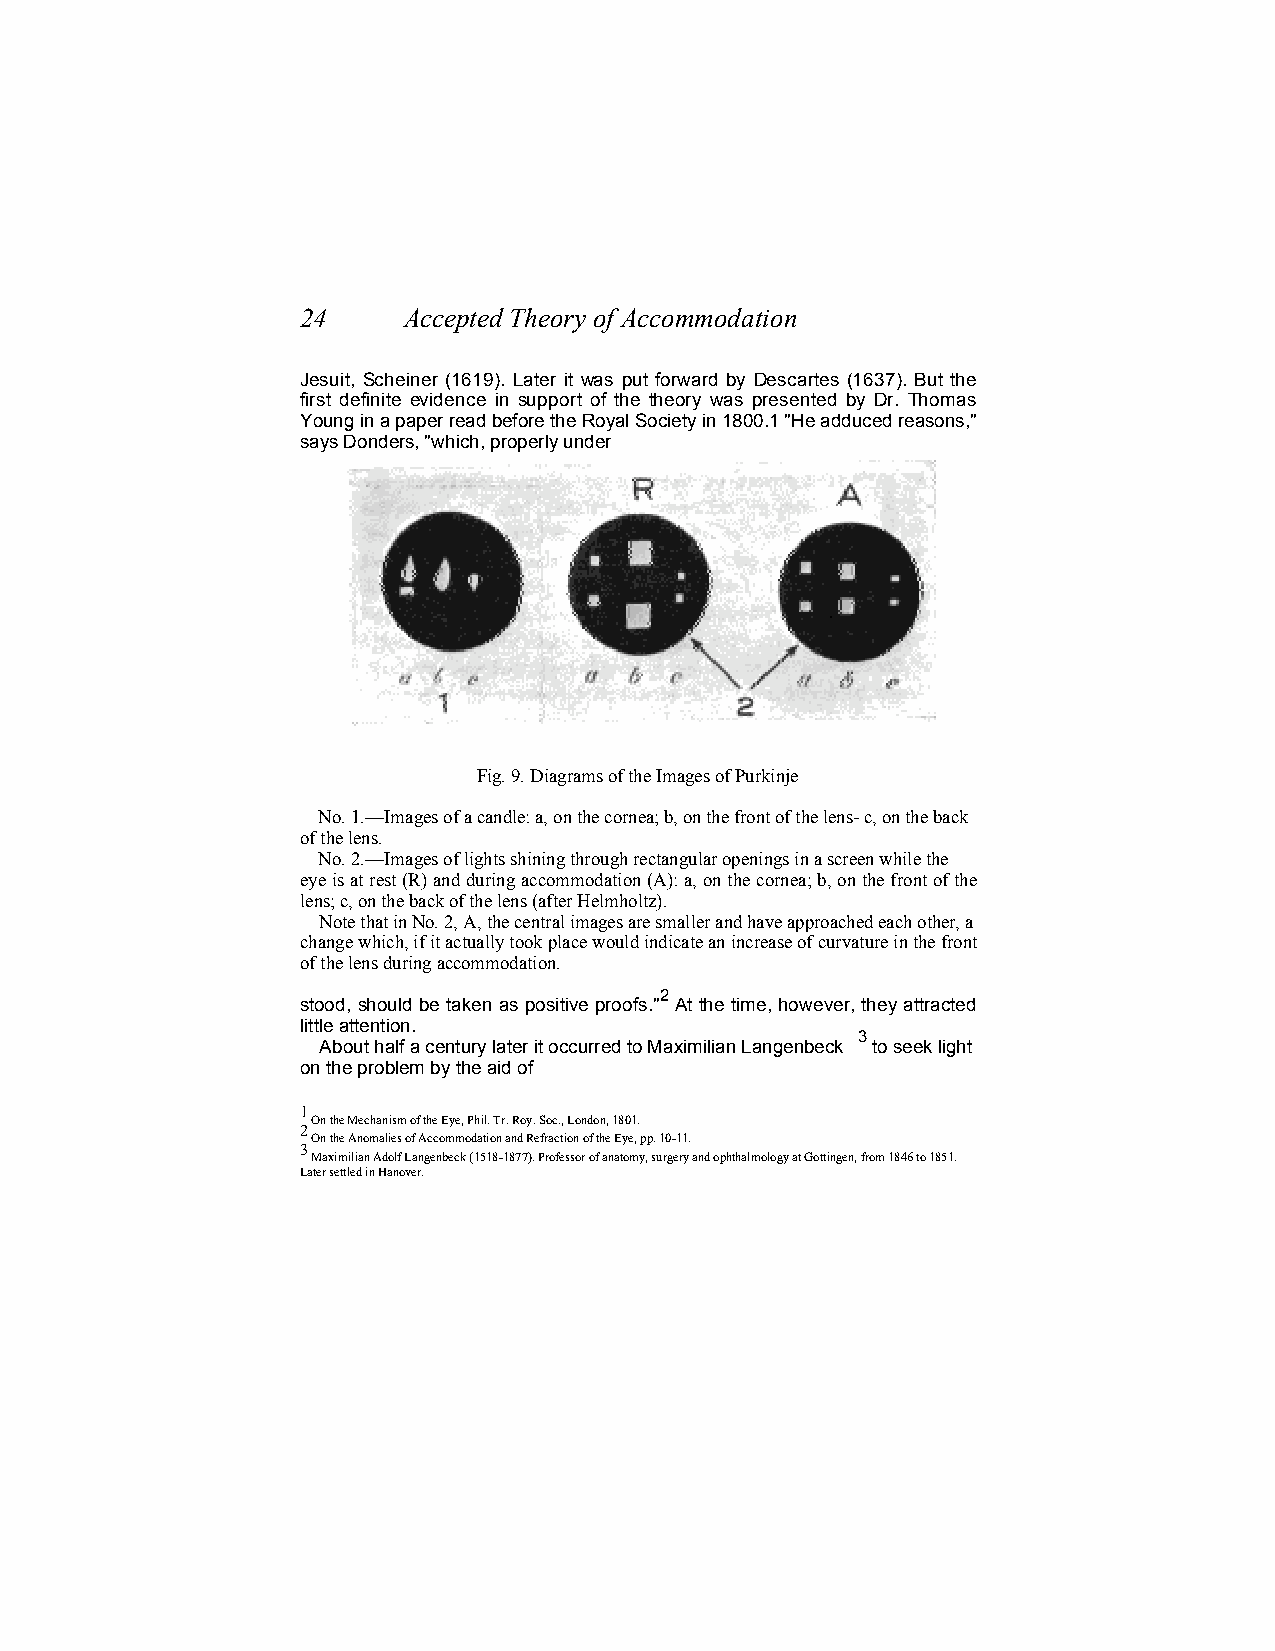
24     Accepted Theory of Accommodation
 Jesuit, Scheiner (1619). Later it was put forward by Descartes (1637). But the
 first definite evidence in support of the theory was presented by Dr. Thomas
 Young in a paper read before the Royal Society in 1800.1 "He adduced reasons,"
 says Donders, "which, properly under
 Fig. 9. Diagrams of the Images of Purkinje
 No. 1.—Images of a candle: a, on the cornea; b, on the front of the lens- c, on the back
 of the lens.
 No. 2.—Images of lights shining through rectangular openings in a screen while the
 eye is at rest (R) and during accommodation (A): a, on the cornea; b, on the front of the
 lens; c, on the back of the lens (after Helmholtz).
 Note that in No. 2, A, the central images are smaller and have approached each other, a
 change which, if it actually took place would indicate an increase of curvature in the front
 of the lens during accommodation.
 2
 stood, should be taken as positive proofs." At the time, however, they attracted
 little attention.
 3
 About half a century later it occurred to Maximilian Langenbeck to seek light
 on the problem by the aid of
 1
 On the Mechanism of the Eye, Phil. Tr. Roy. Soc., London, 1801.
 2
 On the Anomalies of Accommodation and Refraction of the Eye, pp. 10-11.
 3
 Maximilian Adolf Langenbeck (1518-1877). Professor of anatomy, surgery and ophthalmology at Gottingen, from 1846 to 1851.
 Later settled in Hanover.